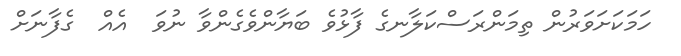
ހަމަކަށަވަރުން ތިމަންރަސްކަލާނގެ ފާޅުވެ ބަޔާންވެގެންވާ ނުވަ  އެއް  ގެފާނަށް